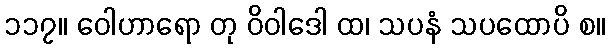
၁၁၇။ ဝေါဟာရော တု ဝိဝါဒေါ ထ၊ သပနံ သပထောပိ စ။